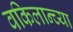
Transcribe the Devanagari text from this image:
वकिलान्च्या